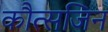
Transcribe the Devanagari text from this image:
कौत्सजिन